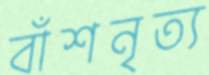
বাঁশনৃত্য